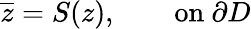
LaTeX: \overline{{z}}=S(z),\qquad\mathrm{on}~\partial D